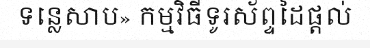
ទន្លេសាប» កម្មវិធីទូរស័ព្ទដៃផ្តល់